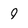
Character: 9